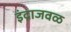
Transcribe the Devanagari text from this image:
इंद्राजवळ